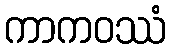
ကာကဝဿံ